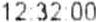
12:32:00